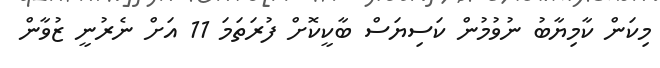
މިކަން ކާމިޔާބު ނުވުމުން ކަސިޔަސް ބާކީކޮށް ފުރަތަމަ 11 އަށް ނެރުނީ ޒުވާން